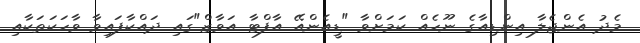
މެދު އެންޖެލާ އިންޑިއާގެ ނޫހެއް ކަމަށްވާ "ޑީއެންއޭ އާފްޓާ އަވާޒް"ގައި ދައްކާފައިވާ ވާހަކަތަކާއި